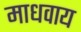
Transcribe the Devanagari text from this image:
माधवाय